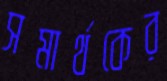
সমার্থকের